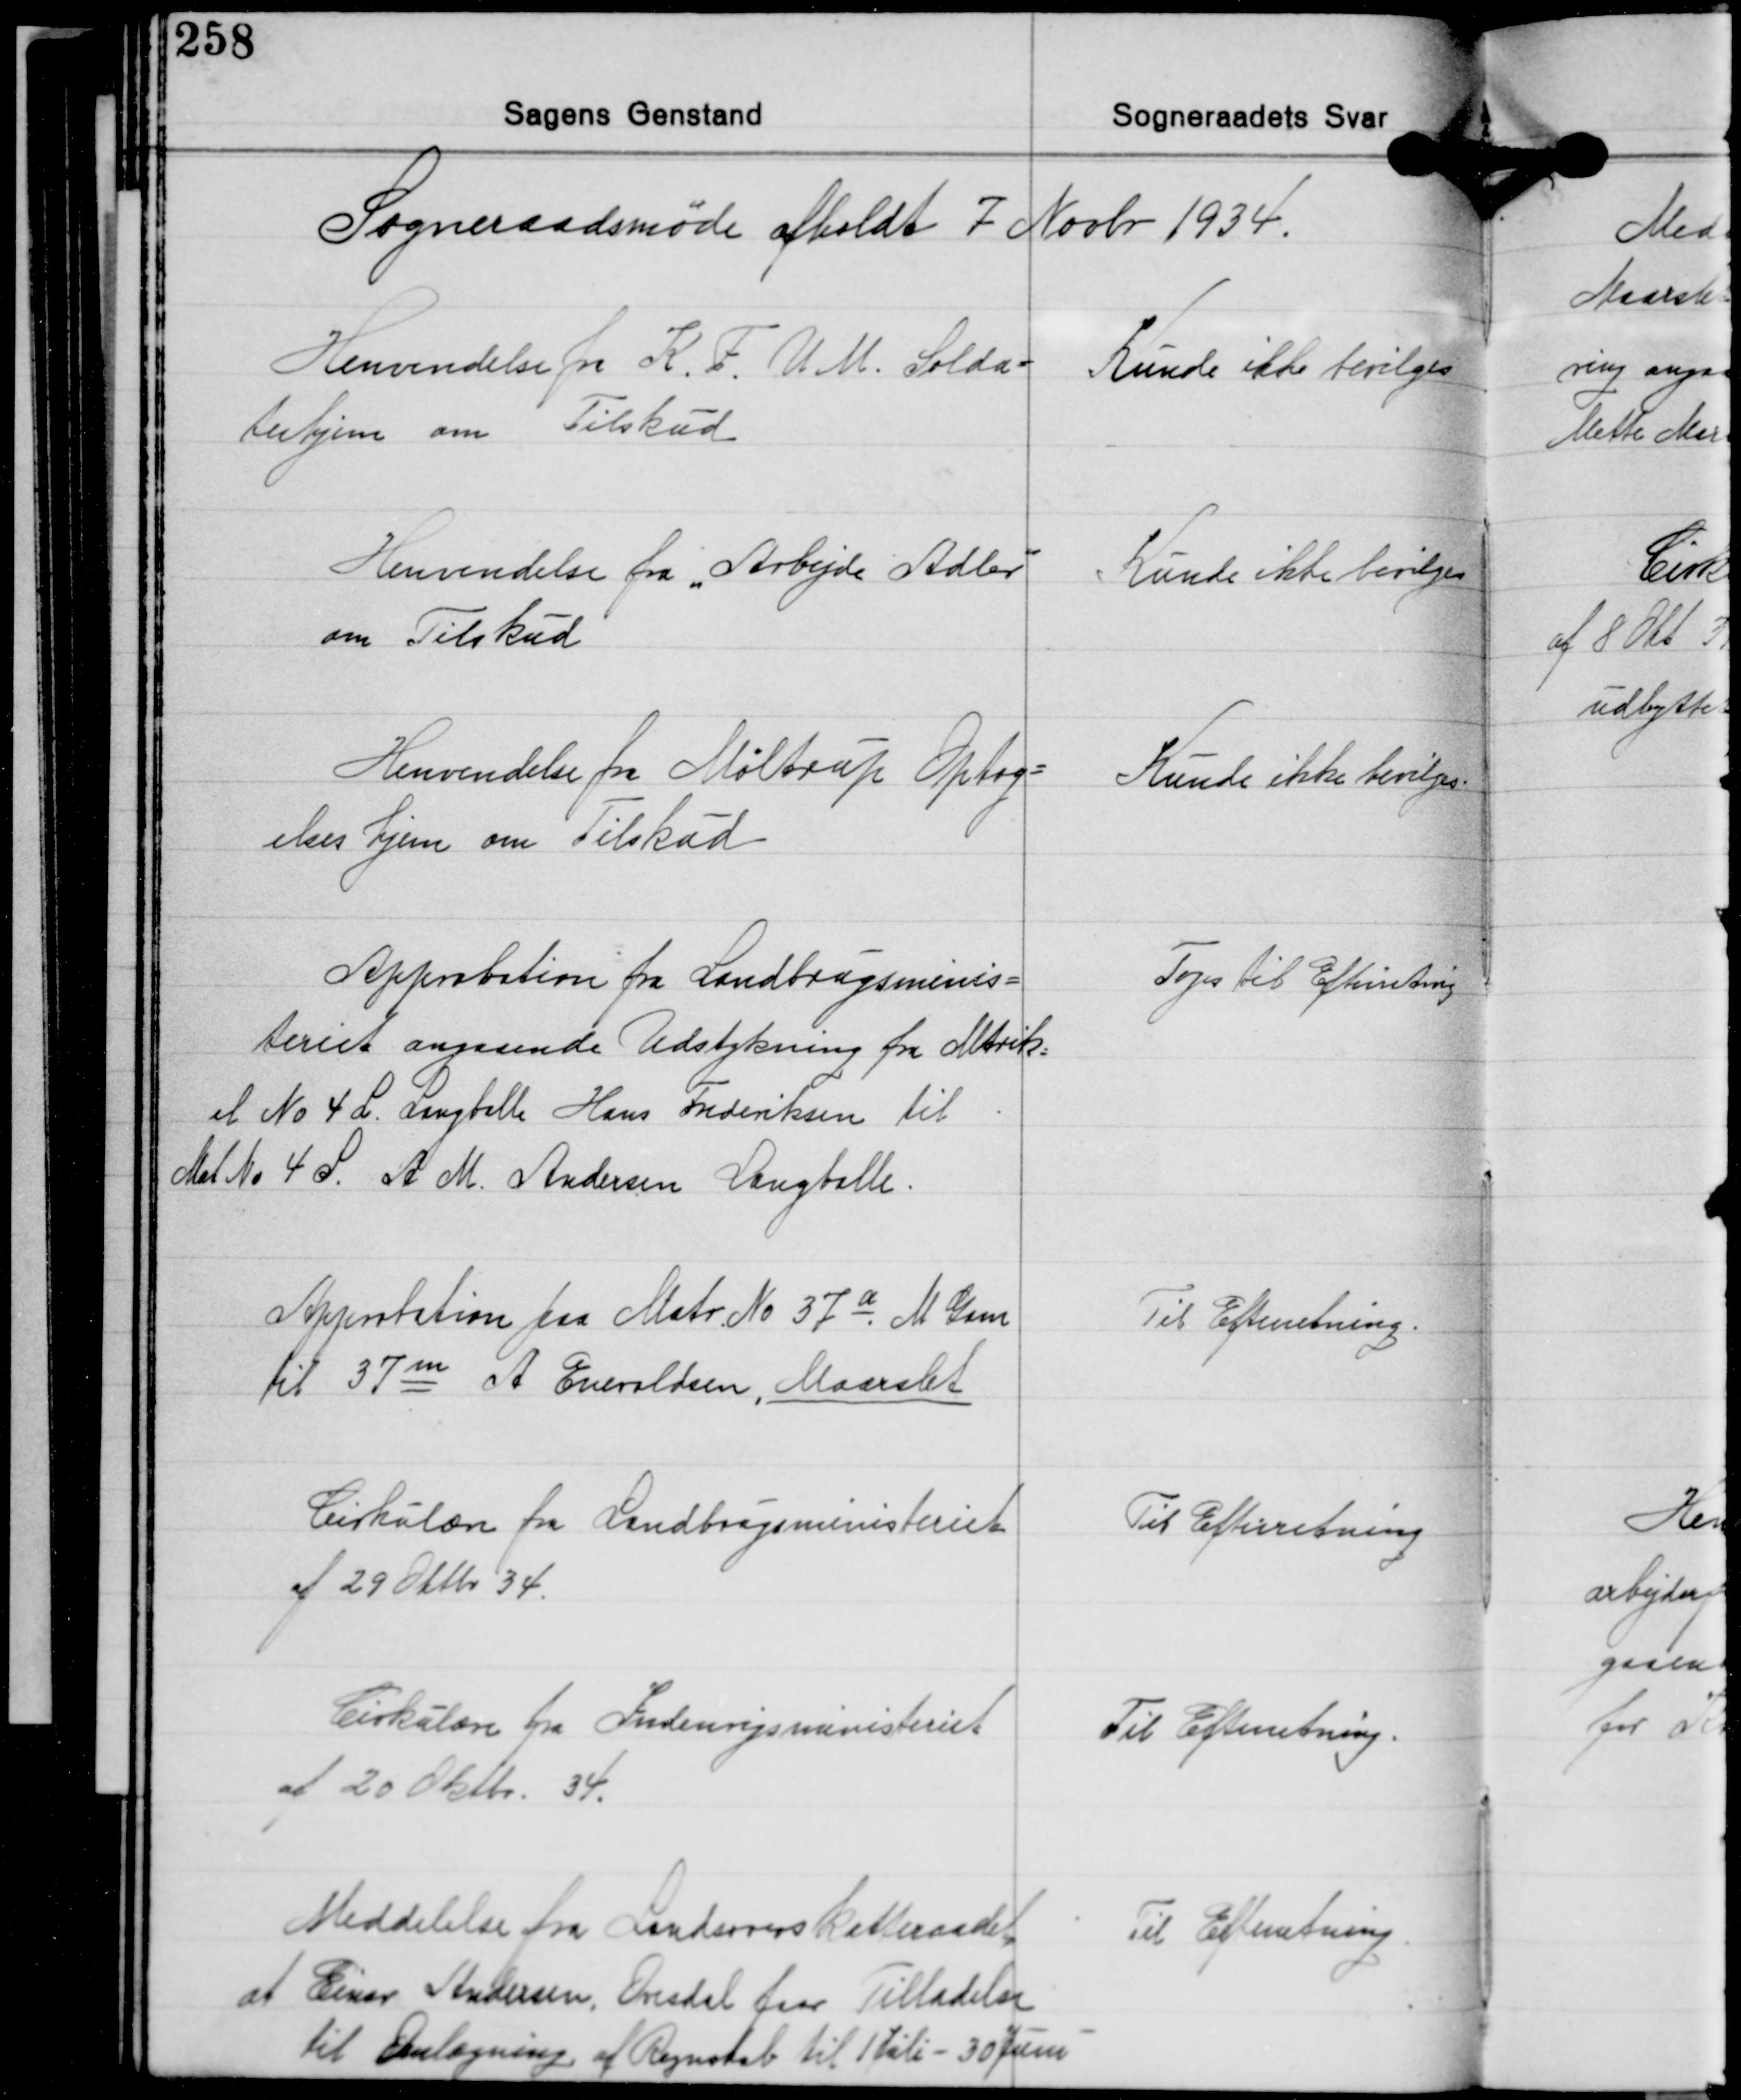
Transskription:
Sogneraadsmøde afholdt 7 Novbr. 1934.

Henvendelse fra K.F.U.M. Solda-
terhjem om Tilskud

Kunde ikke bevilges

Henvendelse fra "Arbejde Adler"
om Tilskud

Kunde ikke bevilges

Henvendelse fra Møltrup Optag-
elseshjem om Tilskud

Kunde ikke bevilges

Approbation fra Landbrugsminis-
teriet angaaende Udstykning fra Matrik-
el No 4 L. Langballe Hans Frederiksen til
Mat. No 4 S. A M. Andersen Langballe.

Toges til Efterretning

Approbation paa Matr. No 37a M. Gam
til 37m A Enevoldsen, Maarslet

Til Efterretning.

Cirkulære fra Landbrugsministeriet
af 29 Oktbr. 34.

Til Efterretning

Cirkulære fra Indenrigsministeriet
af 20 Oktbr. 34.

Til Efterretning.

Meddelelse fra Landsoverskatteraadet
at Einar Andersen, Onsdal faar Tilladelse
til Omlægning af Regnskab til 1 Juli - 30 Juni

Til Efterretning